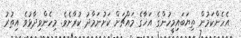
އެހެންކަމުން ތިޔަބައިމީހުންގެ އަޚާގެ މައްޗަށް ކަށުނަމާދު ކުރާށެވެ. މިހެންވިދާޅުވެ އިތުރު